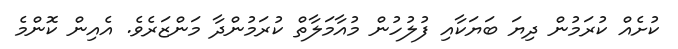
ކުށެއް ކުރަމުން ދިޔަ ބަޔަކާއި ފުލުހުން މުއާމަލާތް ކުރަމުންދާ މަންޒަރެވެ. އެއިން ކޮންމެ